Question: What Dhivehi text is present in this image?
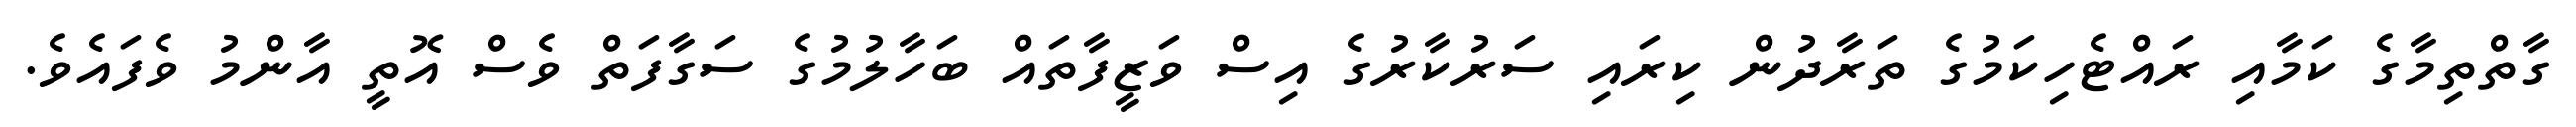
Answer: ގާތްތިމާގެ ކަމާއި ރައްޓެހިކަމުގެ ތަރާދުން ކިރައި ސަރުކާރުގެ އިސް ވަޒީފާތައް ބަހާލުމުގެ ސަގާފަތް ވެސް އޮތީ އާންމު ވެފައެވެ.